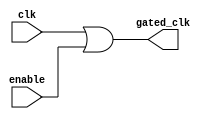
module clock_gating (
    input wire clk,           // Primary clock signal
    input wire enable,        // Enable signal to control clock gating
    output wire gated_clk     // Gated clock signal for memory blocks
);

// Generate gated clock signal using OR gate
assign gated_clk = clk | enable;

endmodule